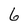
Character: 6